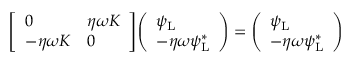
{ \left[ \begin{array} { l l } { 0 } & { \eta \omega K } \\ { - \eta \omega K } & { 0 } \end{array} \right] } { \left( \begin{array} { l } { \psi _ { \mathrm { { L } } } } \\ { - \eta \omega \psi _ { \mathrm { { L } } } ^ { * } } \end{array} \right) } = { \left( \begin{array} { l } { \psi _ { \mathrm { { L } } } } \\ { - \eta \omega \psi _ { \mathrm { { L } } } ^ { * } } \end{array} \right) }